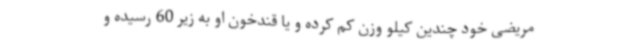
مریضی خود چندین کیلو وزن کم کرده و یا قندخون او به زیر 60 رسیده و